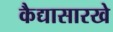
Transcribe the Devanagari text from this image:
कैद्यासारखे